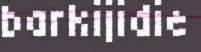
barkijidie